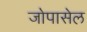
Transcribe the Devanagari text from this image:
जोपासेल